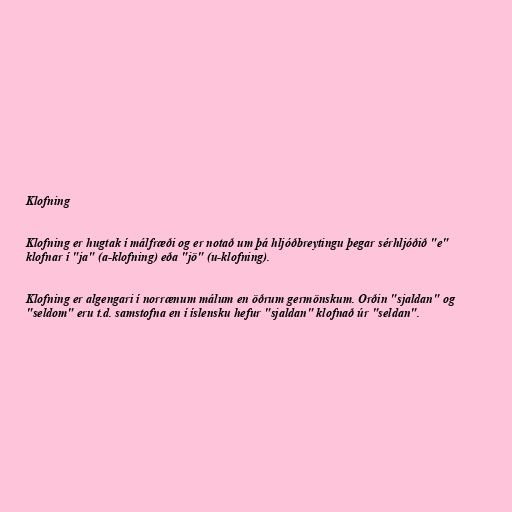
Klofning

Klofning er hugtak í málfræði og er notað um þá hljóðbreytingu þegar sérhljóðið "e"
klofnar í "ja" (a-klofning) eða "jö" (u-klofning).

Klofning er algengari í norrænum málum en öðrum germönskum. Orðin "sjaldan" og
"seldom" eru t.d. samstofna en í íslensku hefur "sjaldan" klofnað úr "seldan".